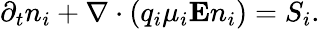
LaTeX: {\partial_{t}n_{i}+\nabla\cdot(q_{i}\mu_{i}\mathbf{E}n_{i})=S_{i}.}